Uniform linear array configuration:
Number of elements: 48
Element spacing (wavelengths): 0.75
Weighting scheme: binomial
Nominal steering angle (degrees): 45
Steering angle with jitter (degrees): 46.696
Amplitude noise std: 0.05
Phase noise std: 0.05

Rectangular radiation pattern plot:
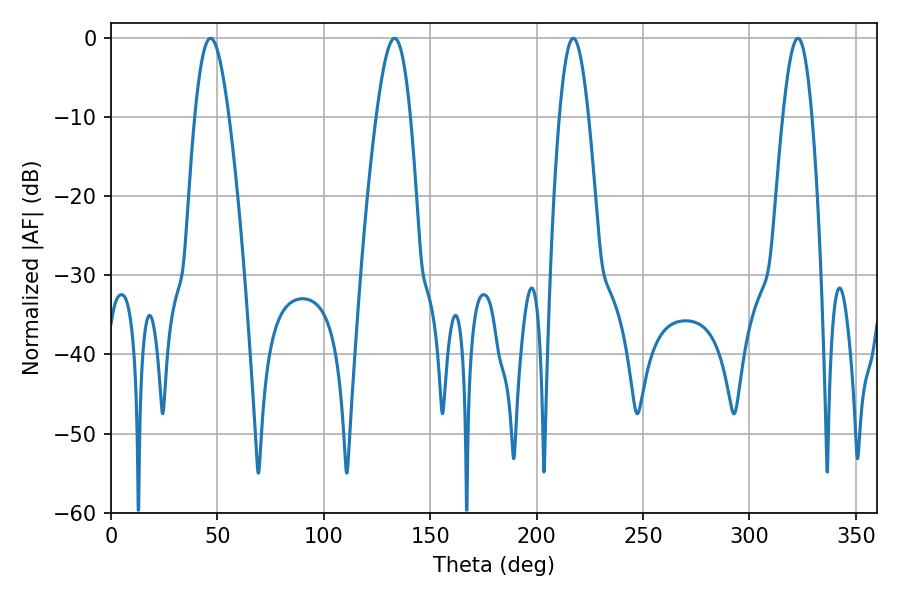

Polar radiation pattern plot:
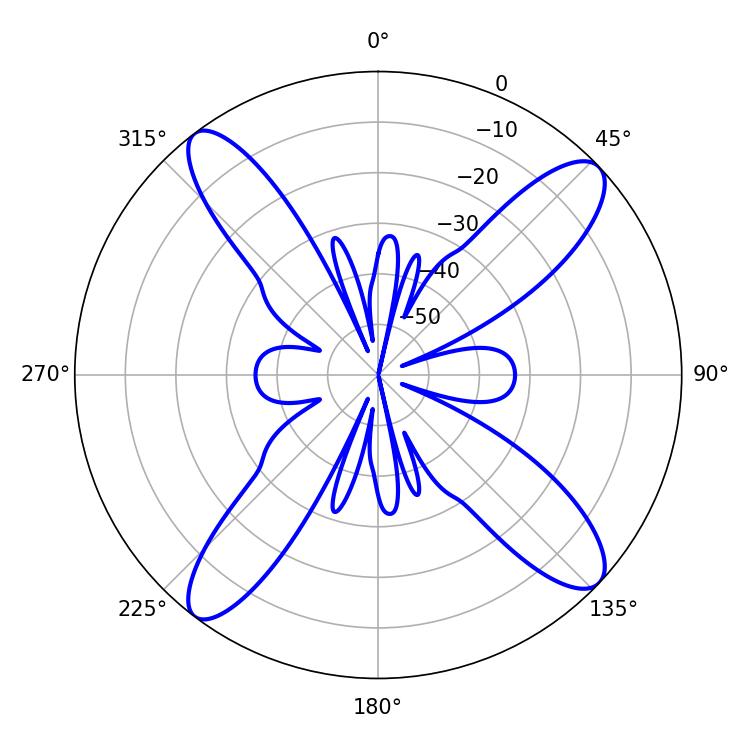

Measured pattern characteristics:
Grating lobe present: TRUE
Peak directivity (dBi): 14.573
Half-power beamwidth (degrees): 8.64
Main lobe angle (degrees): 46.8